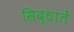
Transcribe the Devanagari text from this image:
सिद्धांतें